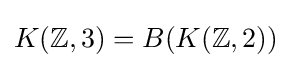
K(\mathbb {Z} ,3)=B(K(\mathbb {Z} ,2))